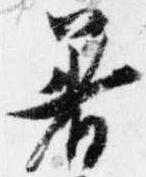
着